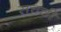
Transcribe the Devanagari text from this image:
सचची